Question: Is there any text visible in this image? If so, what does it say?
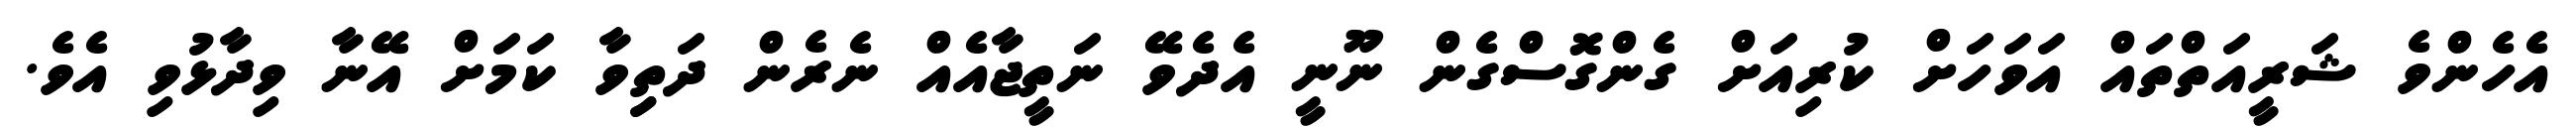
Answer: އެހެންވެ ޝަރީއަތްތައް އަވަހަށް ކުރިއަށް ގެންގޮސްގެން ނޫނީ އެދެވޭ ނަތީޖާއެއް ނެރެން ދަތިިވާ ކަމަށް އޭނާ ވިދާޅުވި އެވެ.